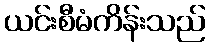
ယင်းစီမံကိန်းသည်